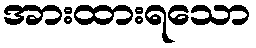
အားထားရသော